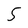
Character: 5